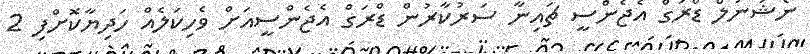
ނެޝަނަލް ޑްރަގް އެޖެންސީ ޗައިނާ ސަރުކާރުން ޑްރަގް އެޖެންސީއަށް ވެހިކަލެއް ހަދިޔާކޮށްފި 2